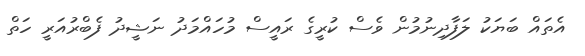
އެތައް ބަޔަކު ލަފާދިނުމުން ވެސް ކުރީގެ ރައީސް މުހައްމަދު ނަޝީދު ފެބްރުއަރީ ހަތް